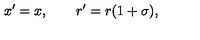
x ^ { \prime } = x , \qquad r ^ { \prime } = r ( 1 + \sigma ) ,